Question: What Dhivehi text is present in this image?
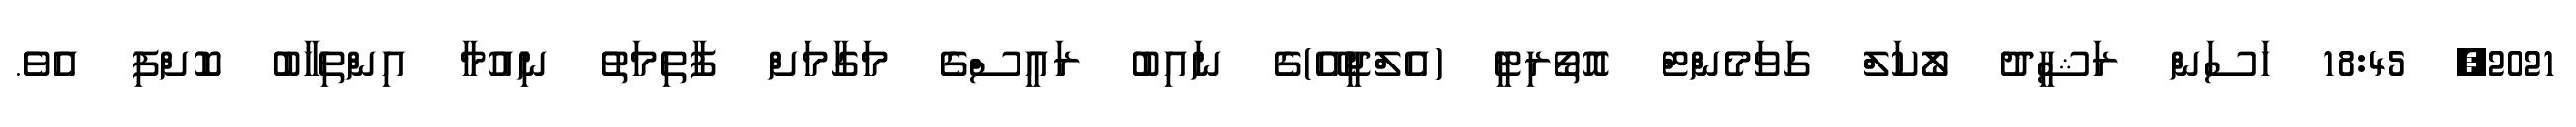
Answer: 2021, 18:45 ހަސަން ރަޝީދު ލޯކަލް ގަވަމެންޓް އޮތޯރިޓީ (އެލްޖީއޭ)ގެ ނައިބު ރައީސްގެ މަގާމަށް ފާތިމަތު ނިއުމާ އިންތިޚާބު ކޮށްފި އެވެ.